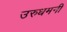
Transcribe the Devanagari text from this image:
उरुधमनी